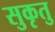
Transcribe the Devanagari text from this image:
सुकृतु